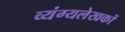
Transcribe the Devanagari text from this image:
व्यंग्यलेखकों